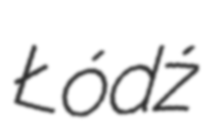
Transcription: Łódź